Indian journal of veterinary science and animal husbandry - Volumes 18-21, 1948-1951
Year: 1948
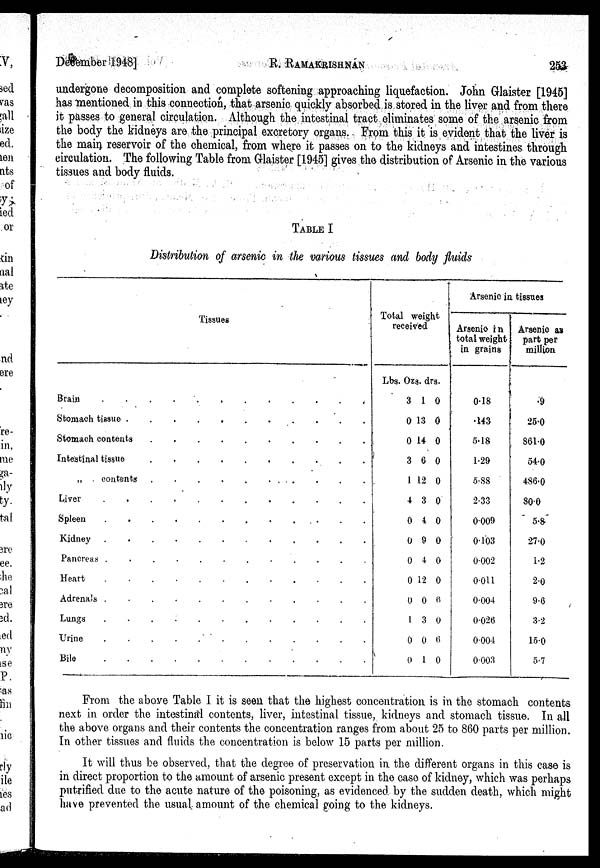
December 1948]
R.
RAMAKRISHNAN
253
undergone decomposition and complete softening approaching liquefaction. John Glaister [1945]
has mentioned in this connection, that arsenic quickly absorbed is stored in the liver and from there
it passes to general circulation. Although the intestinal tract eliminates some of the arsenic from
the body the kidneys are the principal excretory organs. From this it is evident that the liver is
the main reservoir of the chemical, from where it passes on to the kidneys and intestines through
circulation. The following Table from Glaister [1945] gives the distribution of Arsenic in the various
tissues and body fluids.
TABLE I
Distribution of arsenic in the various tissues and body fluids
Tissues
Brain . . . . . . . . . . . .
Stomach tissue . . . . . . . . . . . .
Stomach contents. . . . . . . . . . . .
Intestinal tissue. . . . . . . . . . . .
„
contents . . . . . . . . . . . .
Liver . . . . . . . . . . . .
Spleen. . . . . . . . . . . .
Kidney. . . . . . . . . . . .
Pancreas . . . . . . . . . . . .
Heart. . . . . . . . . . . .
Adrenals. . . . . . . . . . . .
Lungs. . . . . . . . . . . .
Urine. . . . . . . . . . . .
Bile. . . . . . . . . . . .
Total weight
received
Lbs.
3
0
0
3
1
4
0
0
0
0
0
1
0
0
Ozs.
1
13
14
6
12
3
4
9
4
12
0
3
0
1
drs.
0
0
0
0
0
0
0
0
0
0
6
0
6
0
Arsenic in tissues
Arsenic in
total weight
in grains
0.18
.143
5.18
1.29
5.88
2.33
0.009
0.103
0.002
0.011
0.004
0.026
0.004
0.003
Arsenic as
part per
million
.9
25.0
861.0
54.0
486.0
80.0
5.8
27.0
1.2
2.0
9.6
3.2
15.0
5.7
From the above Table I it is seen that the highest concentration is in the stomach contents
next in order the intestinal contents, liver, intestinal tissue, kidneys and stomach tissue. In all
the above organs and their contents the concentration ranges from about 25 to 860 parts per million.
In other tissues and fluids the concentration is below 15 parts per million.
It will thus be observed, that the degree of preservation in the different organs in this case is
in direct proportion to the amount of arsenic present except in the case of kidney, which was perhaps
putrified due to the acute nature of the poisoning, as evidenced by the sudden death, which might
have prevented the usual amount of the chemical going to the kidneys.